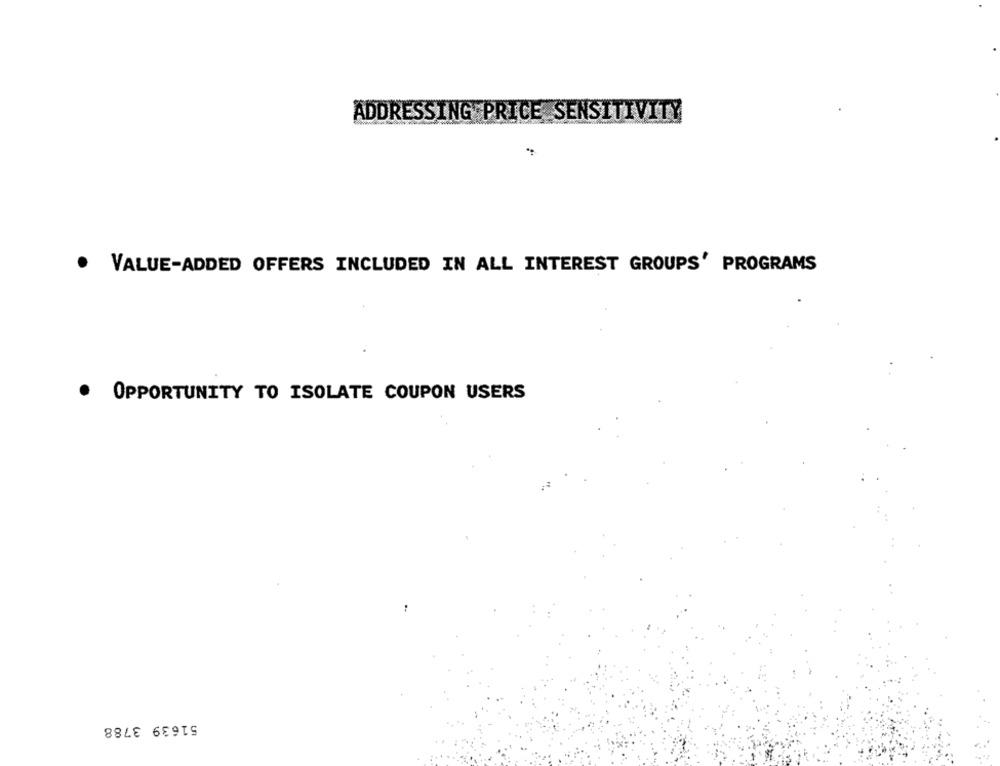
ADDRESSING PRICE SENSITIVITY
.
VALUE-ADDED OFFERS INCLUDED IN ALL INTEREST GROUPS' PROGRAMS
· OPPORTUNITY TO ISOLATE COUPON USERS
51639 3788